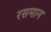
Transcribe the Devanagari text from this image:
रसमान